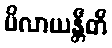
မိလာယန္တီတိ